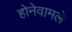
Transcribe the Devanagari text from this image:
होनेवामले